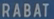
RABÁT